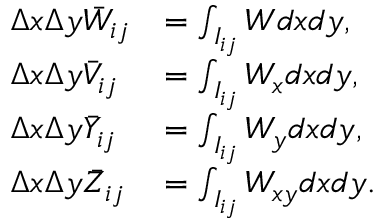
\begin{array} { l l l l } { \Delta x \Delta y \Bar W _ { i j } } & { = \int _ { I _ { i j } } W d x d y , } \\ { \Delta x \Delta y \Bar V _ { i j } } & { = \int _ { I _ { i j } } W _ { x } d x d y , } \\ { \Delta x \Delta y \Bar Y _ { i j } } & { = \int _ { I _ { i j } } W _ { y } d x d y , } \\ { \Delta x \Delta y \Bar Z _ { i j } } & { = \int _ { I _ { i j } } W _ { x y } d x d y . } \end{array}